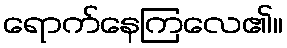
ရောက်နေကြလေ၏။